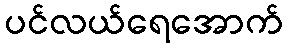
ပင်လယ်ရေအောက်